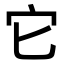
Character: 它